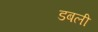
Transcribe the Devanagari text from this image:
डबली